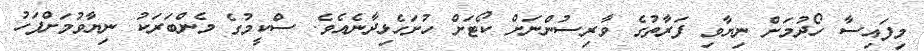
މިފައިސާ ހޯދުމަށް ނިޔާވި ފަރާތުގެ ވާރިސުންނަށް ކޯޓަށް ހުށަހެޅިދާނެއެވެ. ސްކީމުގެ މެންބަރަކު ނިޔާވުމަށްފަހު